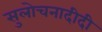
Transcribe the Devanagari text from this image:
सुलोचनादीदी